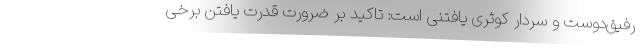
رفیق‌دوست و سردار کوثری یافتنی است: تاکید بر ضرورت قدرت یافتن برخی